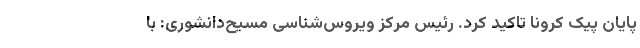
پایان پیک کرونا تاکید کرد. رئیس مرکز ویروس‌شناسی مسیح‌دانشوری: با